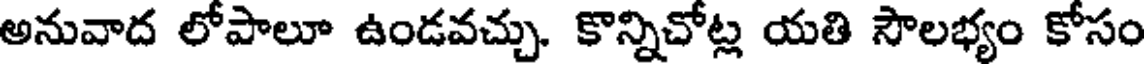
అనువాద లోపాలూ ఉండవచ్చు. కొన్నిచోట్ల యతి సౌలభ్యం కోసం